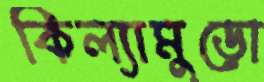
কিল্যামুড়ো